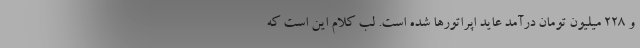
و ۲۲۸ میلیون تومان درآمد عاید اپراتورها شده است. لب کلام این است که